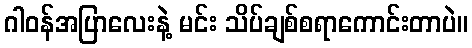
ဂါဝန်အပြာလေးနဲ့ မင်း သိပ်ချစ်စရာကောင်းတာပဲ။